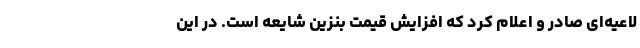
لاعیه‌ای صادر و اعلام کرد که افزایش قیمت بنزین شایعه است. در این